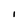
Character: i